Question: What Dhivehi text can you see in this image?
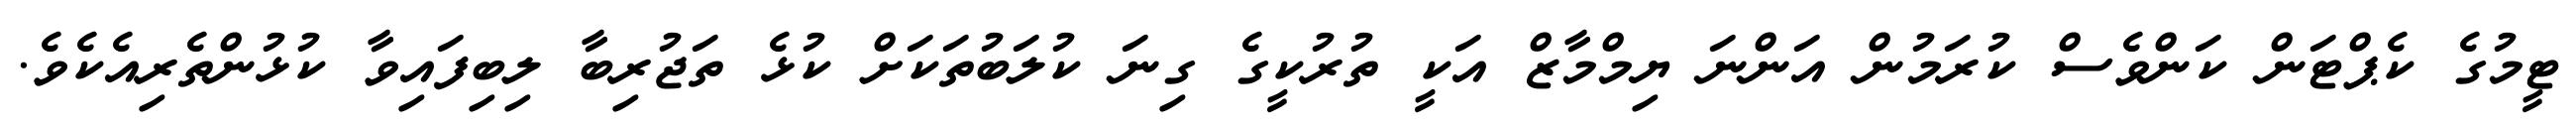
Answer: ޓީމުގެ ކެޕްޓަން ކަންވެސް ކުރަމުން އަންނަ ޔިމްމާޒް އަކީ ތުރުކީގެ ގިނަ ކުލަބުތަކަށް ކުޅެ ތަޖުރިބާ ލިބިފައިވާ ކުޅުންތެރިއެކެވެ.